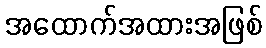
အထောက်အထားအဖြစ်